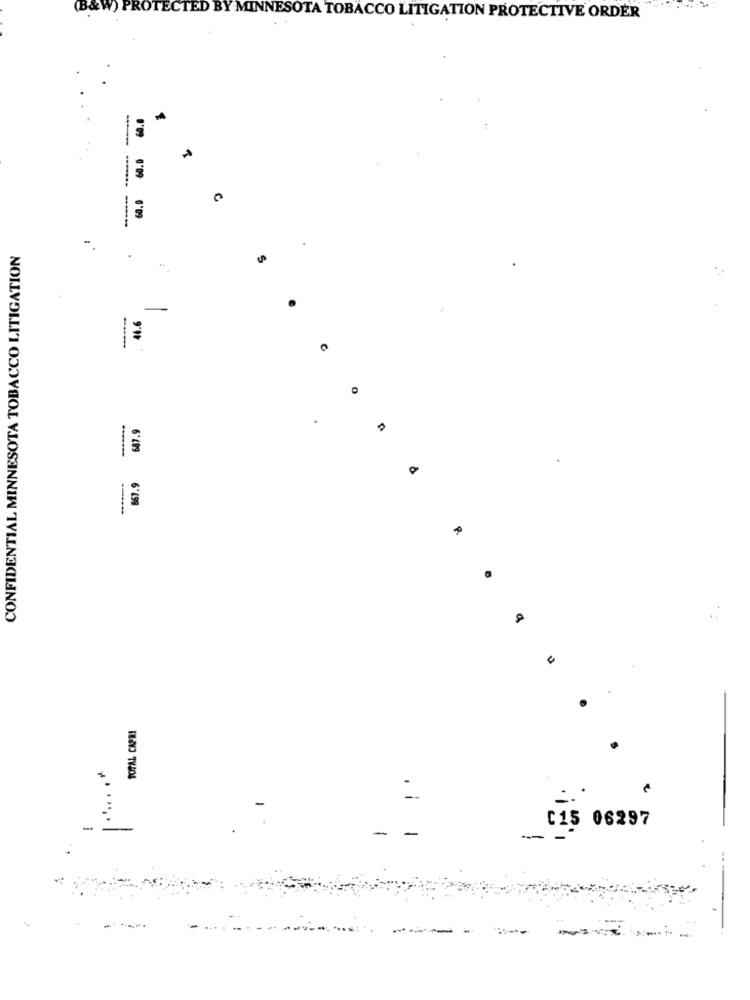
(B&W) PROTECTED BY MINNESOTA TOBACCO LITIGATION PROTECTIVE ORDER
-
60.0
60.0
-----
CONFIDENTIAL MINNESOTA TOBACCO LITIGATION
-
44.6
1
867.9
TOTAL CAPRI
C15 06297
-